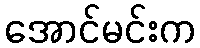
အောင်မင်းက